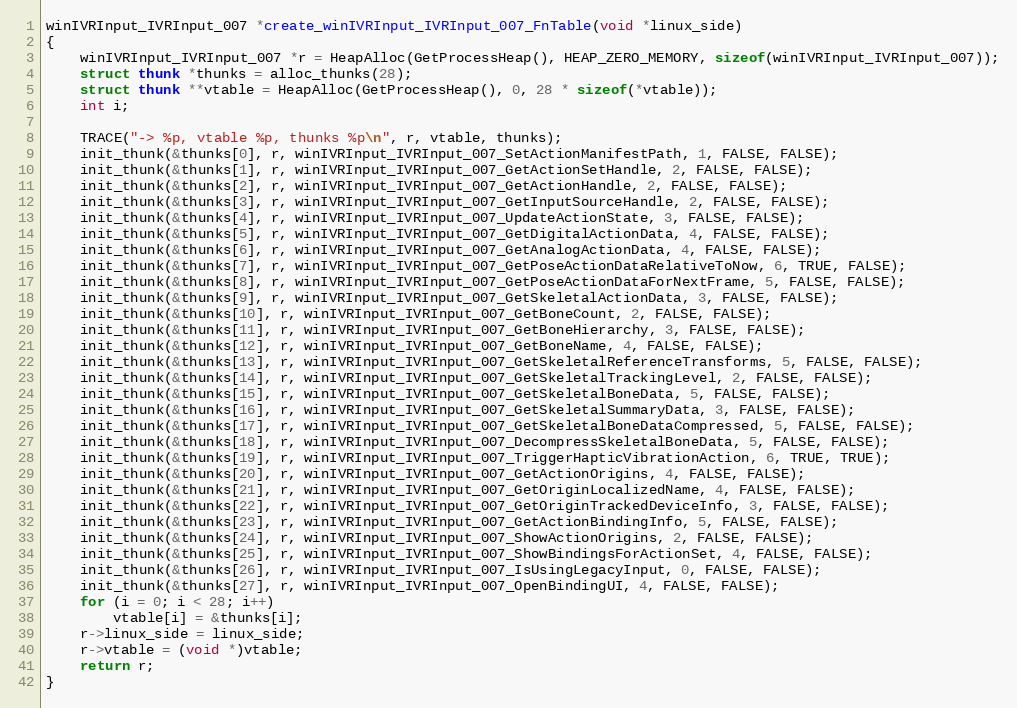
Language: C
winIVRInput_IVRInput_007 *create_winIVRInput_IVRInput_007_FnTable(void *linux_side)
{
    winIVRInput_IVRInput_007 *r = HeapAlloc(GetProcessHeap(), HEAP_ZERO_MEMORY, sizeof(winIVRInput_IVRInput_007));
    struct thunk *thunks = alloc_thunks(28);
    struct thunk **vtable = HeapAlloc(GetProcessHeap(), 0, 28 * sizeof(*vtable));
    int i;

    TRACE("-> %p, vtable %p, thunks %p\n", r, vtable, thunks);
    init_thunk(&thunks[0], r, winIVRInput_IVRInput_007_SetActionManifestPath, 1, FALSE, FALSE);
    init_thunk(&thunks[1], r, winIVRInput_IVRInput_007_GetActionSetHandle, 2, FALSE, FALSE);
    init_thunk(&thunks[2], r, winIVRInput_IVRInput_007_GetActionHandle, 2, FALSE, FALSE);
    init_thunk(&thunks[3], r, winIVRInput_IVRInput_007_GetInputSourceHandle, 2, FALSE, FALSE);
    init_thunk(&thunks[4], r, winIVRInput_IVRInput_007_UpdateActionState, 3, FALSE, FALSE);
    init_thunk(&thunks[5], r, winIVRInput_IVRInput_007_GetDigitalActionData, 4, FALSE, FALSE);
    init_thunk(&thunks[6], r, winIVRInput_IVRInput_007_GetAnalogActionData, 4, FALSE, FALSE);
    init_thunk(&thunks[7], r, winIVRInput_IVRInput_007_GetPoseActionDataRelativeToNow, 6, TRUE, FALSE);
    init_thunk(&thunks[8], r, winIVRInput_IVRInput_007_GetPoseActionDataForNextFrame, 5, FALSE, FALSE);
    init_thunk(&thunks[9], r, winIVRInput_IVRInput_007_GetSkeletalActionData, 3, FALSE, FALSE);
    init_thunk(&thunks[10], r, winIVRInput_IVRInput_007_GetBoneCount, 2, FALSE, FALSE);
    init_thunk(&thunks[11], r, winIVRInput_IVRInput_007_GetBoneHierarchy, 3, FALSE, FALSE);
    init_thunk(&thunks[12], r, winIVRInput_IVRInput_007_GetBoneName, 4, FALSE, FALSE);
    init_thunk(&thunks[13], r, winIVRInput_IVRInput_007_GetSkeletalReferenceTransforms, 5, FALSE, FALSE);
    init_thunk(&thunks[14], r, winIVRInput_IVRInput_007_GetSkeletalTrackingLevel, 2, FALSE, FALSE);
    init_thunk(&thunks[15], r, winIVRInput_IVRInput_007_GetSkeletalBoneData, 5, FALSE, FALSE);
    init_thunk(&thunks[16], r, winIVRInput_IVRInput_007_GetSkeletalSummaryData, 3, FALSE, FALSE);
    init_thunk(&thunks[17], r, winIVRInput_IVRInput_007_GetSkeletalBoneDataCompressed, 5, FALSE, FALSE);
    init_thunk(&thunks[18], r, winIVRInput_IVRInput_007_DecompressSkeletalBoneData, 5, FALSE, FALSE);
    init_thunk(&thunks[19], r, winIVRInput_IVRInput_007_TriggerHapticVibrationAction, 6, TRUE, TRUE);
    init_thunk(&thunks[20], r, winIVRInput_IVRInput_007_GetActionOrigins, 4, FALSE, FALSE);
    init_thunk(&thunks[21], r, winIVRInput_IVRInput_007_GetOriginLocalizedName, 4, FALSE, FALSE);
    init_thunk(&thunks[22], r, winIVRInput_IVRInput_007_GetOriginTrackedDeviceInfo, 3, FALSE, FALSE);
    init_thunk(&thunks[23], r, winIVRInput_IVRInput_007_GetActionBindingInfo, 5, FALSE, FALSE);
    init_thunk(&thunks[24], r, winIVRInput_IVRInput_007_ShowActionOrigins, 2, FALSE, FALSE);
    init_thunk(&thunks[25], r, winIVRInput_IVRInput_007_ShowBindingsForActionSet, 4, FALSE, FALSE);
    init_thunk(&thunks[26], r, winIVRInput_IVRInput_007_IsUsingLegacyInput, 0, FALSE, FALSE);
    init_thunk(&thunks[27], r, winIVRInput_IVRInput_007_OpenBindingUI, 4, FALSE, FALSE);
    for (i = 0; i < 28; i++)
        vtable[i] = &thunks[i];
    r->linux_side = linux_side;
    r->vtable = (void *)vtable;
    return r;
}